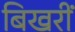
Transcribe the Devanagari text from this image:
बिखरीं